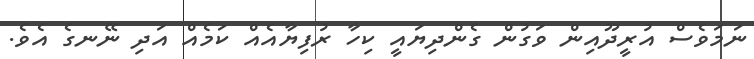
ނަމަވެސް އުރީދޫއިން ވަގުން ގެންދިޔައީ ކިހާ ރުފިޔާއެއް ކަމެއް އަދި ނޭނގެ އެވެ.